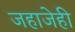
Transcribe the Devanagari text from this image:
जहाजेही